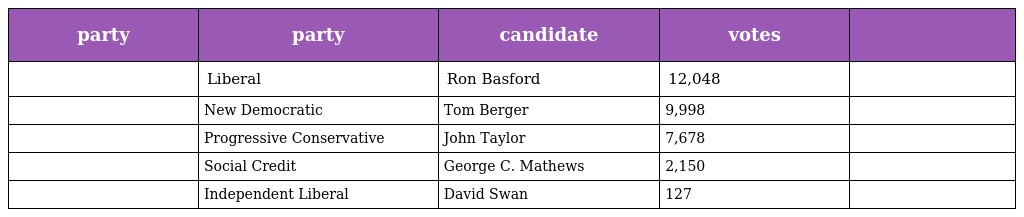
| party | party | candidate | votes |  |
 | --- | --- | --- | --- | --- |
 |  | Liberal | Ron Basford | 12,048 |  |
 |  | New Democratic | Tom Berger | 9,998 |  |
 |  | Progressive Conservative | John Taylor | 7,678 |  |
 |  | Social Credit | George C. Mathews | 2,150 |  |
 |  | Independent Liberal | David Swan | 127 |  |